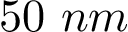
5 0 \ n m